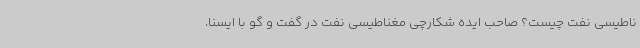
ناطیسی نفت چیست؟ صاحب ایده شکارچی مغناطیسی نفت در گفت و گو با ایسنا،